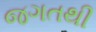
જગતથી